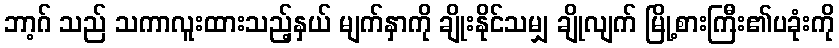
ဘာ့ဂ် သည် သကာလူးထားသည့်နှယ် မျက်နှာကို ချိုးနိုင်သမျှ ချိုလျက် မြို့စားကြီး၏ပခုံးကို